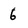
Character: 6